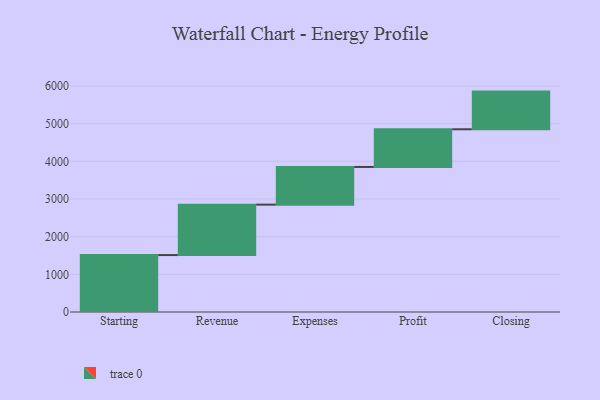
{"axis": {"x": "Step", "y": "Value"}, "legend": [""], "data": [{"x": "Starting", "y": 1511.0, "type": ""}, {"x": "Revenue", "y": 1339.0, "type": ""}, {"x": "Expenses", "y": 1000, "type": ""}, {"x": "Profit", "y": 1000, "type": ""}, {"x": "Closing", "y": 1000, "type": ""}]}